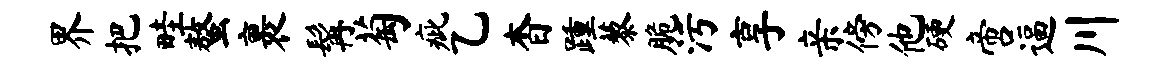
界把畦螯裹髯萄疵乙杳踵藜脆污享亲傍他硬啻逼川